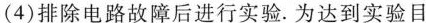
(4)排除电路故障后进行实验。为达到实验目